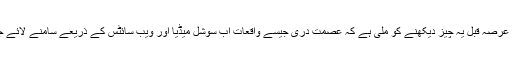
ابھی کچھ عرصہ قبل یہ چیز دیکھنے کو ملی ہے کہ عصمت دری جیسے واقعات اب سوشل میڈیا اور ویب سائٹس کے ذریعے سامنے لائے جاتے ہیں۔